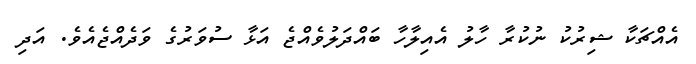
އެއްޗަކާ ޝިރުކު ނުކުރާ ހާލު އެއިލާހާ ބައްދަލުވެއްޖެ އަޅާ ސުވަރުގެ ވަދެއްޖެއެވެ. އަދި